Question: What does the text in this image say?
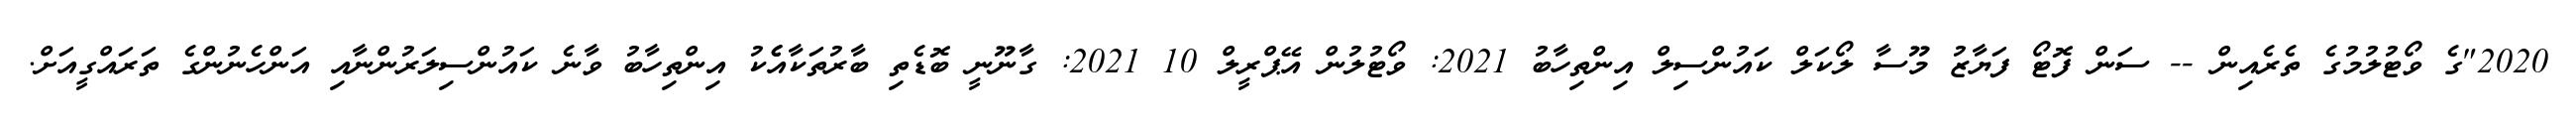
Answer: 2020"ގެ ވޯޓުލުމުގެ ތެރެއިން -- ސަން ފޮޓޯ ފަޔާޒު މޫސާ ލޯކަލް ކައުންސިލް އިންތިހާބު 2021: ވޯޓުލުން އޭޕްރީލް 10 2021: ގާނޫނީ ބޮޑެތި ބާރުތަކާއެެކު އިންތިހާބު ވާނެ ކައުންސިލަރުންނާއި އަންހެނުންގެ ތަރައްގީއަށް.